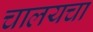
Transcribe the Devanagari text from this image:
चालयचा